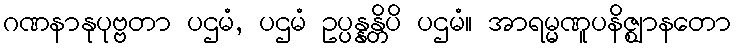
ဂဏနာနုပုဗ္ဗတာ ပဌမံ, ပဌမံ ဥပ္ပန္နန္တိပိ ပဌမံ။ အာရမ္မဏူပနိဇ္ဈာနတော